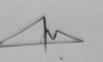
Signature authenticity: genuine